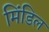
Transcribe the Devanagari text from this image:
मिंडिल